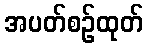
အပတ်စဉ်ထုတ်